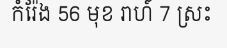
កំរ៉ែង 56 មុខ រាហ៍ 7 ស្រះ